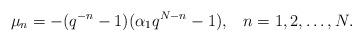
LaTeX: \begin{align*}\mu _{n}=-(q^{-n}-1)(\alpha _{1}q^{N-n}-1),\;\;\;n=1,2,\ldots ,N.\end{align*}